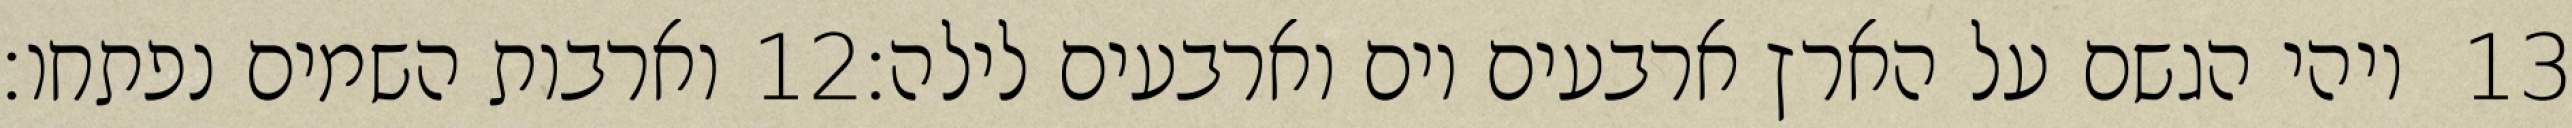
וארבות השמים נפתחו׃ ‎12‏ ויהי הגשם על הארץ ארבעים יום וארבעים לילה׃ ‎13‏